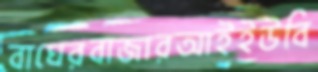
বাঘেরবাজারআইইউবি